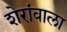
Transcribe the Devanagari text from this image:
शेरांवाला